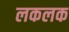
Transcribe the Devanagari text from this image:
लकलक